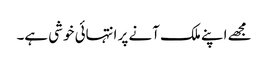
مجھے اپنے ملک آنے پر انتہائی خوشی ہے۔